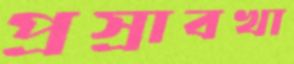
প্রস্রাবখা